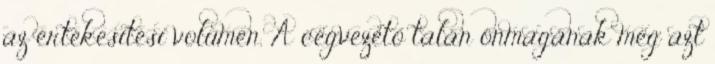
az értékesítési volumen. A cégvezető talán önmagának még azt